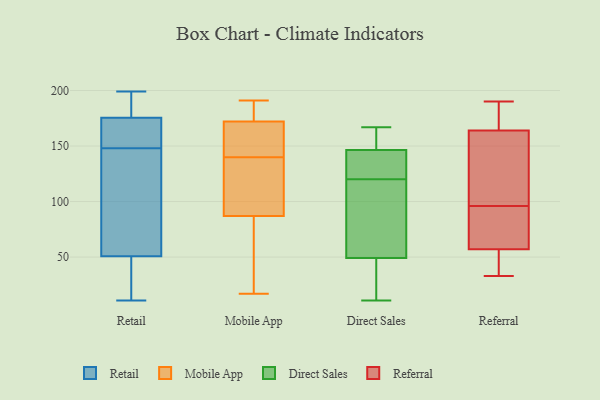
{"axis": {"x": "LTV (USD)", "y": "Value"}, "legend": ["Direct Sales", "Mobile App", "Referral", "Retail"], "data": [{"x": "", "y": 153, "type": "Retail"}, {"x": "", "y": 168, "type": "Retail"}, {"x": "", "y": 178, "type": "Retail"}, {"x": "", "y": 45, "type": "Retail"}, {"x": "", "y": 68, "type": "Retail"}, {"x": "", "y": 11, "type": "Retail"}, {"x": "", "y": 134, "type": "Retail"}, {"x": "", "y": 40, "type": "Retail"}, {"x": "", "y": 199, "type": "Retail"}, {"x": "", "y": 148, "type": "Retail"}, {"x": "", "y": 184, "type": "Retail"}, {"x": "", "y": 176, "type": "Mobile App"}, {"x": "", "y": 87, "type": "Mobile App"}, {"x": "", "y": 87, "type": "Mobile App"}, {"x": "", "y": 191, "type": "Mobile App"}, {"x": "", "y": 188, "type": "Mobile App"}, {"x": "", "y": 172, "type": "Mobile App"}, {"x": "", "y": 121, "type": "Mobile App"}, {"x": "", "y": 147, "type": "Mobile App"}, {"x": "", "y": 169, "type": "Mobile App"}, {"x": "", "y": 183, "type": "Mobile App"}, {"x": "", "y": 20, "type": "Mobile App"}, {"x": "", "y": 17, "type": "Mobile App"}, {"x": "", "y": 95, "type": "Mobile App"}, {"x": "", "y": 165, "type": "Mobile App"}, {"x": "", "y": 30, "type": "Mobile App"}, {"x": "", "y": 133, "type": "Mobile App"}, {"x": "", "y": 77, "type": "Mobile App"}, {"x": "", "y": 161, "type": "Mobile App"}, {"x": "", "y": 19, "type": "Direct Sales"}, {"x": "", "y": 139, "type": "Direct Sales"}, {"x": "", "y": 139, "type": "Direct Sales"}, {"x": "", "y": 120, "type": "Direct Sales"}, {"x": "", "y": 149, "type": "Direct Sales"}, {"x": "", "y": 167, "type": "Direct Sales"}, {"x": "", "y": 11, "type": "Direct Sales"}, {"x": "", "y": 95, "type": "Direct Sales"}, {"x": "", "y": 117, "type": "Direct Sales"}, {"x": "", "y": 34, "type": "Direct Sales"}, {"x": "", "y": 163, "type": "Direct Sales"}, {"x": "", "y": 61, "type": "Referral"}, {"x": "", "y": 132, "type": "Referral"}, {"x": "", "y": 53, "type": "Referral"}, {"x": "", "y": 33, "type": "Referral"}, {"x": "", "y": 66, "type": "Referral"}, {"x": "", "y": 175, "type": "Referral"}, {"x": "", "y": 190, "type": "Referral"}, {"x": "", "y": 150, "type": "Referral"}, {"x": "", "y": 53, "type": "Referral"}, {"x": "", "y": 112, "type": "Referral"}, {"x": "", "y": 164, "type": "Referral"}, {"x": "", "y": 57, "type": "Referral"}, {"x": "", "y": 55, "type": "Referral"}, {"x": "", "y": 188, "type": "Referral"}, {"x": "", "y": 59, "type": "Referral"}, {"x": "", "y": 151, "type": "Referral"}, {"x": "", "y": 80, "type": "Referral"}, {"x": "", "y": 175, "type": "Referral"}]}